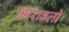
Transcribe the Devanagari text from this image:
भारावलो